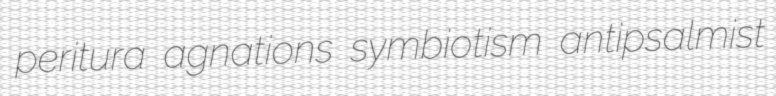
peritura agnations symbiotism antipsalmist